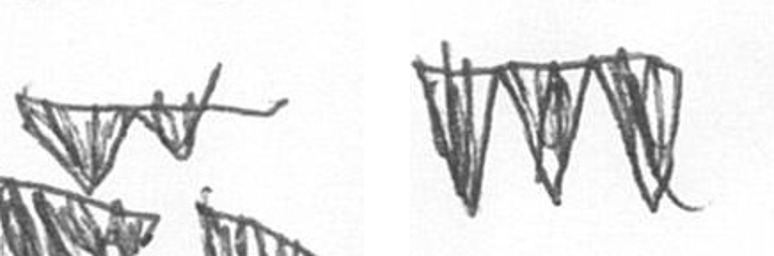
B L